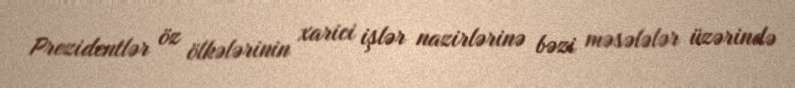
Prezidentlər öz ölkələrinin xarici işlər nazirlərinə bəzi məsələlər üzərində